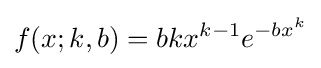
f(x;k,b)=bkx^{k-1}e^{-bx^{k}}